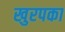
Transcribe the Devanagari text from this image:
खुरपका